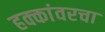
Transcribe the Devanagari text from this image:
हक्कांवरचा